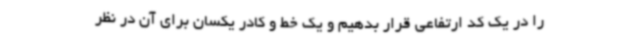
را در یک کد ارتفاعی قرار بدهیم و یک خط و کادر یکسان برای آن در نظر